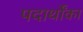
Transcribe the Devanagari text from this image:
पदार्थोंका